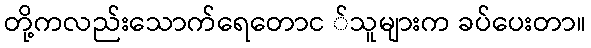
တို့ကလည်းသောက်ရေတောင ်သူများက ခပ်ပေးတာ။